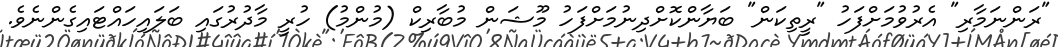
"ރަންނަމާރި" އެރުވުމަށްފަހު "ރީތިކަން" ބަޔާންކޮށްދިނުމަށްފަހު މޫޝަން މުބާރިކް (މުންމު) ހުރީ މާދުރުގައި ބަލައިހައްޓައިގެންނެވެ.